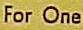
For One